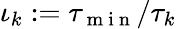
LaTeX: \iota_{k}:=\tau_{\mathrm{~m~i~n~}}/\tau_{k}